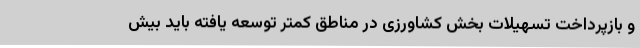
و بازپرداخت تسهیلات بخش کشاورزی در مناطق کمتر توسعه یافته باید بیش